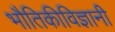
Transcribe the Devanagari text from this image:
भौतिकीविज्ञानी